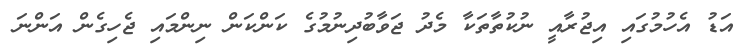
އަޑު އެހުމުގައި އިޖުރާއީ ނުކުތާތަކާ މެދު ޖަވާބުދިނުމުގެ ކަންކަން ނިންމައި ޖެހިގެން އަންނަ